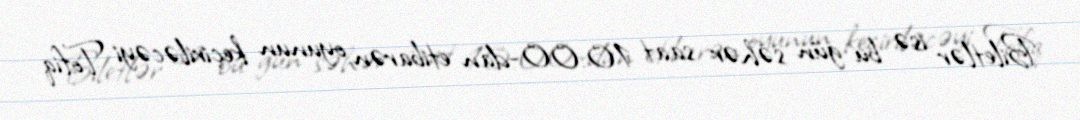
Biletlər isə bu gün səhər saat 10:00-dan etibarən oyunun keçiriləcəyi Tofiq